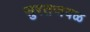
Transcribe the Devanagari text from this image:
सुरतजवळ